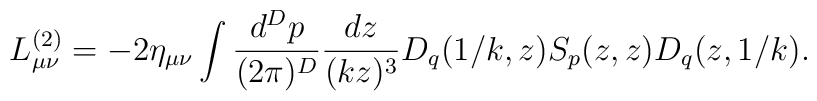
L^{(2)}_{\mu\nu}= -2\eta_{\mu\nu}\int {d^D p\over (2\pi)^D} {dz\over (kz)^3} D_q(1/k,z) S_p(z,z) D_q(z,1/k).